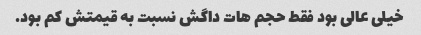
خیلی عالی بود فقط حجم هات داگش نسبت به قیمتش کم بود.